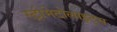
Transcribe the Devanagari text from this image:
स्ट्रोमेटोलाइट्स